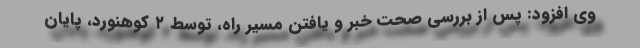
وی افزود: پس از بررسی صحت خبر و یافتن مسیر راه، توسط ۲ کوهنورد، پایان